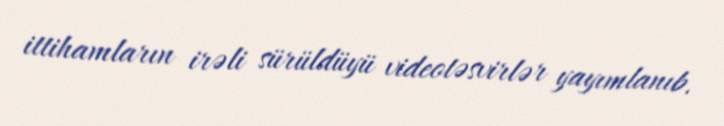
ittihamların irəli sürüldüyü videotəsvirlər yayımlanıb.